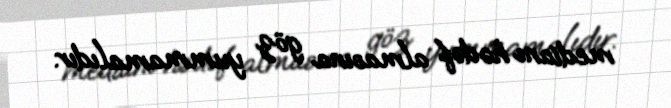
medianı hədəf almasına göz yummamalıdır.